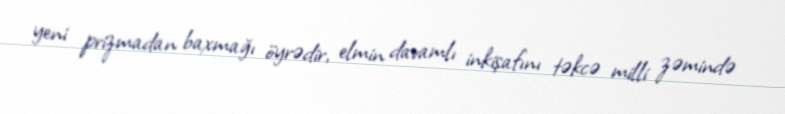
yeni prizmadan baxmağı öyrədir, elmin davamlı inkişafını təkcə milli zəmində